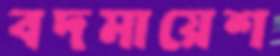
বদমায়েশ